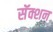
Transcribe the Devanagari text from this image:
सॅक्शन